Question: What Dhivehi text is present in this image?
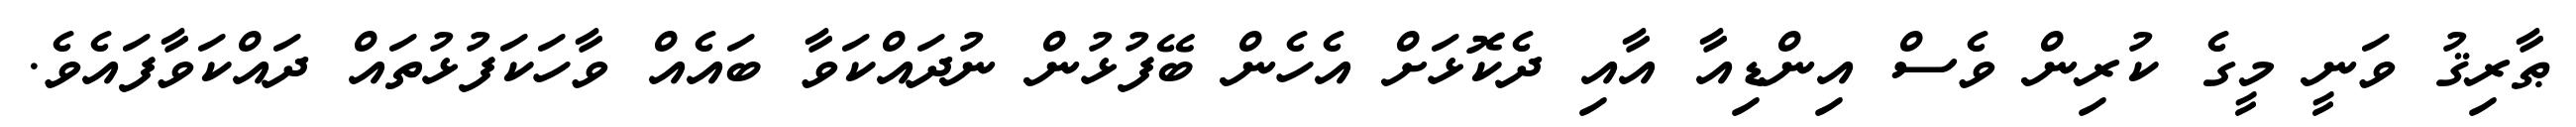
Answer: ޠާރިޤު ވަނީ މީގެ ކުރިން ވެސް އިންޑިއާ އާއި ދެކޮޅަށް އެހެން ބޭފުޅުން ނުދައްކަވާ ބައެއް ވާހަކަފުޅުތައް ދައްކަވާފައެވެ.